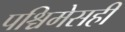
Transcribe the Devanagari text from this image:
पश्चिमेसही